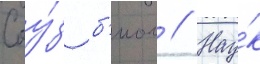
Соу́з б'иол // Нау́к